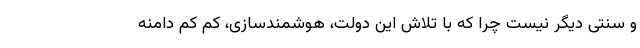
و سنتی دیگر نیست چرا که با تلاش این دولت، هوشمندسازی، کم کم دامنه